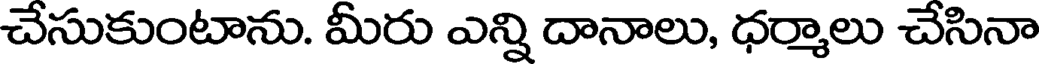
చేసుకుంటాను. మీరు ఎన్ని దానాలు, ధర్మాలు చేసినా